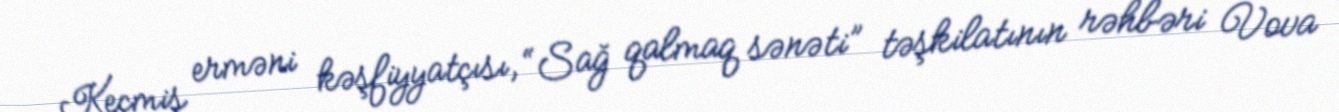
Keçmiş erməni kəşfiyyatçısı, “Sağ qalmaq sənəti” təşkilatının rəhbəri Vova